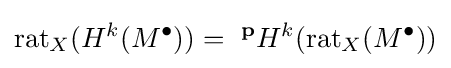
{\text{rat}}_{X}(H^{k}(M^{\bullet }))={\text{ }}^{\mathbf {p} }H^{k}({\text{rat}}_{X}(M^{\bullet }))